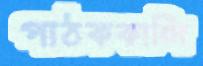
পাঠককান্দি